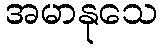
အမာနုသေ